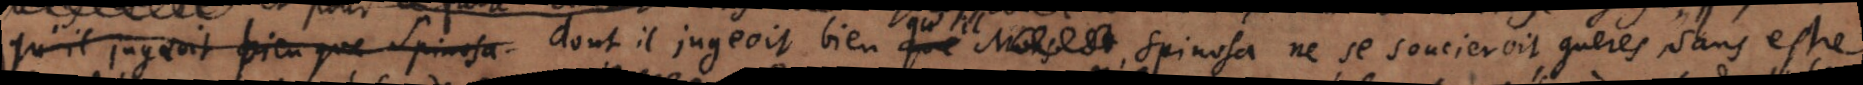
qu’il jugeait bien que Spinosa dont il jugeoit que bien qu’il Mons. Spinosa ne se soucieroit gueres, sans estre